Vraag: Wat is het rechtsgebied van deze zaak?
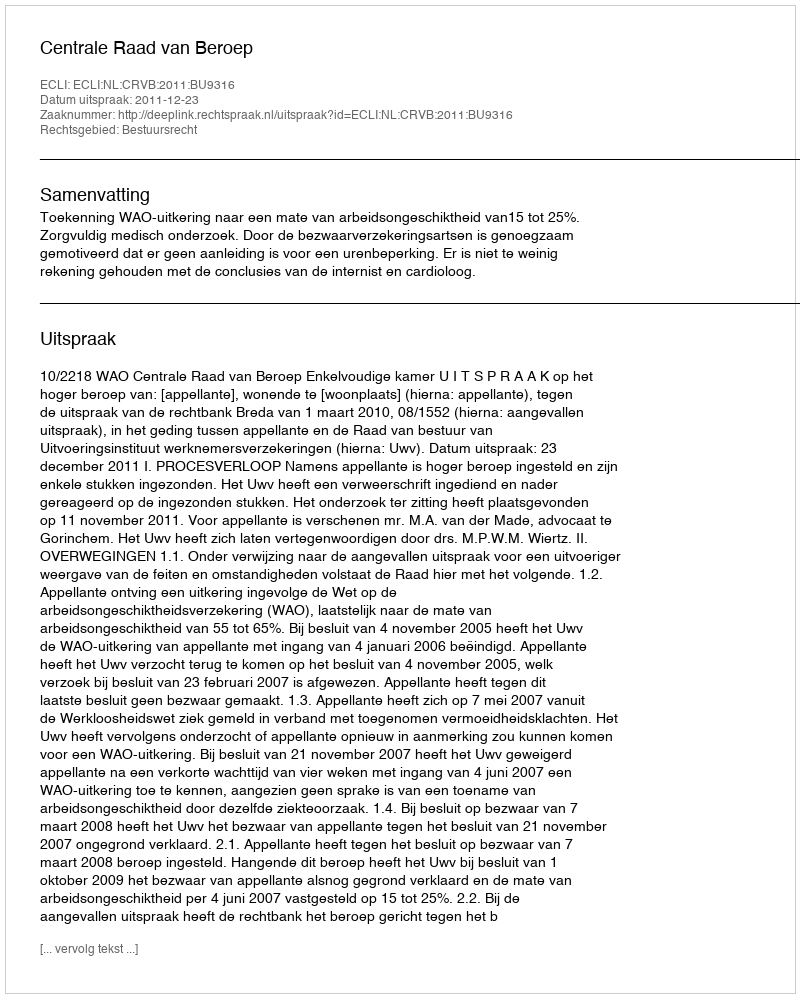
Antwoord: Bestuursrecht